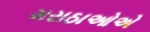
મરાઠાઓએ